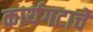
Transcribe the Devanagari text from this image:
कार्यगटाचे